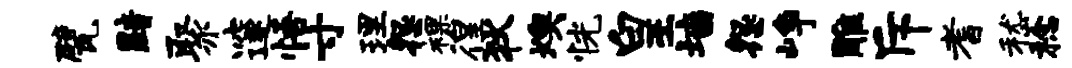
甓黯聚邃悟寸理怨裸徨狄燠恍皇墙怨峥雕斥耆嵇稔